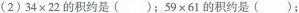
(2)$$34×22$$的积约是();$$59×61$$的积约是()；